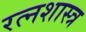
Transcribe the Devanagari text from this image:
रत्नशास्त्र